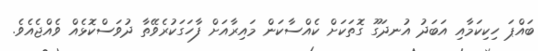
ބައްޕަ ހިކިކަމާއި އަބަދު އުނދަގޫ ގޮތަކަށް ކެއްސާކަން މައިރާއަށް ފާހަގަކުރެވޭތާ ދުވަސްކޮޅެއް ވެއްޖެއެވެ.